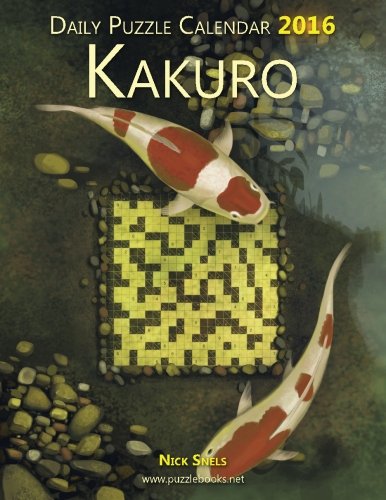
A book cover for Daily Kakuro Puzzle Calendar 2016 (Daily Puzzle Calendar 2016); Nick Snels; Calendars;